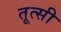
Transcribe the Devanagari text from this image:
तूत्सी